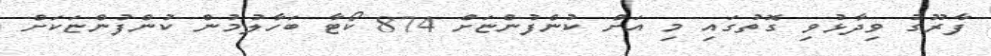
ފާރޫގު ވިދާޅުވި ގޮތުގައި މި އަށް ކުންފުންޏަށް 874 ކޯޓާ ބަހާލުމުން ކުންފުންޏަކަށް